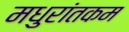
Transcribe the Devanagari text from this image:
मधुरांतकम